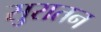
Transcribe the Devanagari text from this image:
सुरातन